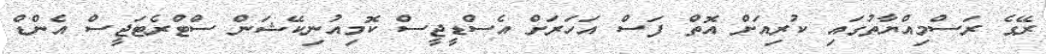
ރޭގެ ރަސްމިއްޔާތުގައި ކުރިއަށް އޮތް ފަސް އަހަރަށް އެސްޑީޖީސް ކޮމިއުނިކޭޝަން ސްޓްރެޓަޖީސް އެންޑް